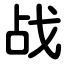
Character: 战